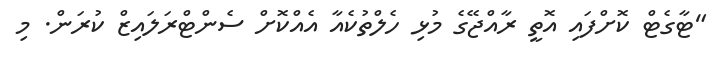
"ޓާގެޓް ކޮށްފައި އޮތީ ރާއްޖޭގެ މުޅި ހެލްތުކެއާ އެއްކޮށް ސެންޓްރަލައިޒް ކުރަން. މި